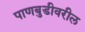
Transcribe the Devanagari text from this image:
पाणबुडीवरील